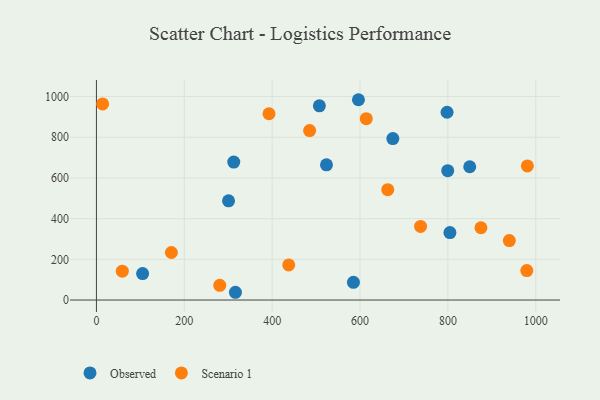
{"axis": {"x": "Experience", "y": "Fuel Efficiency"}, "legend": ["Observed", "Scenario 1"], "data": [{"x": "523.6", "y": 664.5, "type": "Observed"}, {"x": "674.7", "y": 793.3, "type": "Observed"}, {"x": "312.6", "y": 677.7, "type": "Observed"}, {"x": "798.1", "y": 922.6, "type": "Observed"}, {"x": "585.0", "y": 87.2, "type": "Observed"}, {"x": "804.6", "y": 331.5, "type": "Observed"}, {"x": "596.4", "y": 984.1, "type": "Observed"}, {"x": "849.7", "y": 654.7, "type": "Observed"}, {"x": "316.4", "y": 38.1, "type": "Observed"}, {"x": "507.5", "y": 954.3, "type": "Observed"}, {"x": "799.6", "y": 635.7, "type": "Observed"}, {"x": "300.7", "y": 487.5, "type": "Observed"}, {"x": "105.1", "y": 130.2, "type": "Observed"}, {"x": "437.7", "y": 172.7, "type": "Scenario 1"}, {"x": "280.7", "y": 72.3, "type": "Scenario 1"}, {"x": "170.6", "y": 233.4, "type": "Scenario 1"}, {"x": "875.2", "y": 355.0, "type": "Scenario 1"}, {"x": "485.2", "y": 832.7, "type": "Scenario 1"}, {"x": "939.8", "y": 292.3, "type": "Scenario 1"}, {"x": "737.8", "y": 361.8, "type": "Scenario 1"}, {"x": "14.1", "y": 963.5, "type": "Scenario 1"}, {"x": "980.9", "y": 658.8, "type": "Scenario 1"}, {"x": "58.9", "y": 141.6, "type": "Scenario 1"}, {"x": "979.6", "y": 144.8, "type": "Scenario 1"}, {"x": "392.8", "y": 915.2, "type": "Scenario 1"}, {"x": "663.1", "y": 542.3, "type": "Scenario 1"}, {"x": "614.2", "y": 890.8, "type": "Scenario 1"}]}